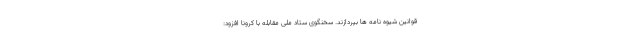
قوانین شیوه نامه ‌ها بپردازند. سخنگوی ستاد ملی مقابله با کرونا افزود: